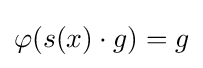
\varphi (s(x)\cdot g)=g